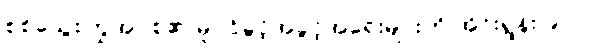
စစ်သွေးကြွအုပ်စု၏ မူပိုင်ခွင့်အခွင့်အရေးများကို အိုင်းရွန်း ၉၀၇